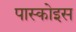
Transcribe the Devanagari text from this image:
पास्कोइस